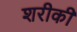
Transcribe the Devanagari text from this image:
शरीकी